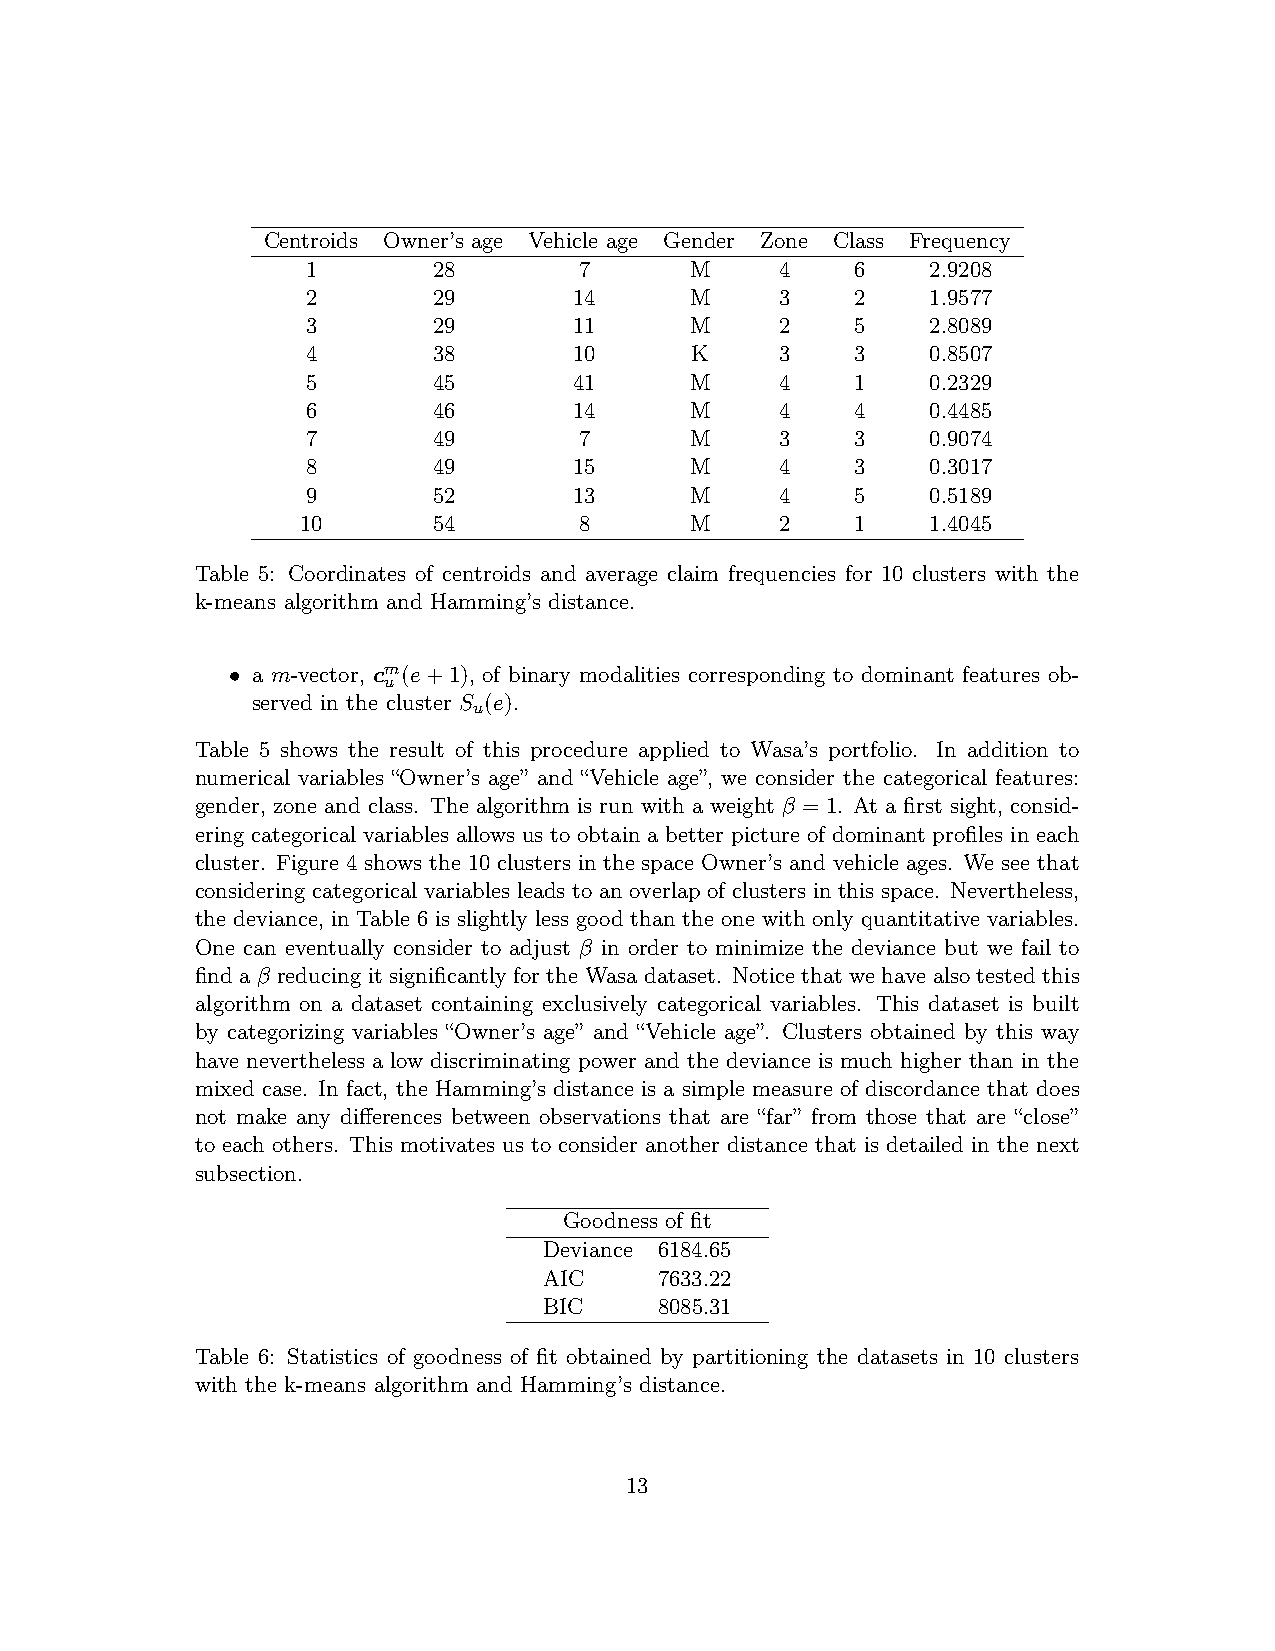
Centroids Owner’s age Vehicle age Gender Zone Class Frequency
 1        28       7       M     4    6    2.9208
 2        29       14      M     3    2    1.9577
 3        29       11      M     2    5    2.8089
 4        38       10      K     3    3    0.8507
 5        45       41      M     4    1    0.2329
 6        46       14      M     4    4    0.4485
 7        49       7       M     3    3    0.9074
 8        49       15      M     4    3    0.3017
 9        52       13      M     4    5    0.5189
 10       54       8       M     2    1    1.4045
 Table 5: Coordinates of centroids and average claim frequencies for 10 clusters with the
 k-means algorithm and Hamming’s distance.
 • a m-vector, cm(e+1), of binary modalities corresponding to dominant features ob-
 u
 served in the cluster S (e).
 u
 Table 5 shows the result of this procedure applied to Wasa’s portfolio. In addition to
 numerical variables “Owner’s age” and “Vehicle age”, we consider the categorical features:
 gender, zone and class. The algorithm is run with a weight β = 1. At a first sight, consid-
 ering categorical variables allows us to obtain a better picture of dominant profiles in each
 cluster. Figure 4 shows the 10 clusters in the space Owner’s and vehicle ages. We see that
 considering categorical variables leads to an overlap of clusters in this space. Nevertheless,
 the deviance, in Table 6 is slightly less good than the one with only quantitative variables.
 One can eventually consider to adjust β in order to minimize the deviance but we fail to
 find a β reducing it significantly for the Wasa dataset. Notice that we have also tested this
 algorithm on a dataset containing exclusively categorical variables. This dataset is built
 by categorizing variables “Owner’s age” and “Vehicle age”. Clusters obtained by this way
 have nevertheless a low discriminating power and the deviance is much higher than in the
 mixed case. In fact, the Hamming’s distance is a simple measure of discordance that does
 not make any differences between observations that are “far” from those that are “close”
 to each others. This motivates us to consider another distance that is detailed in the next
 subsection.
 Goodness of fit
 Deviance 6184.65
 AIC     7633.22
 BIC     8085.31
 Table 6: Statistics of goodness of fit obtained by partitioning the datasets in 10 clusters
 with the k-means algorithm and Hamming’s distance.
 13